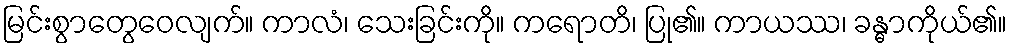
မြင်းစွာတွေဝေလျက်။ ကာလံ၊ သေးခြင်းကို။ ကရောတိ၊ ပြု၏။ ကာယဿ၊ ခန္ဓာကိုယ်၏။